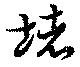
堵